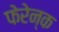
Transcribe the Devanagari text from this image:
फेरेन्क